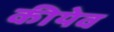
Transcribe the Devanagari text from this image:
कीयेव